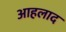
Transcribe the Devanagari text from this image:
आहलाद